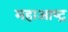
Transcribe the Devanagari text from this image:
महाआष्ट्र